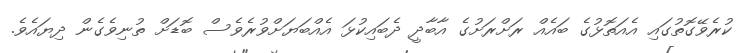
ކުރެވޭގޮތުގައި އެއަތޮޅުގެ ބައެއް ރަށްރަށުގެ އާބާދީ ދެބައިކުޅަ އެއްބަޔަށްވުރެވެސް ބޮޑަށް ތުނިވެގެން ދިޔައެވެ.